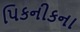
પિકનીકના